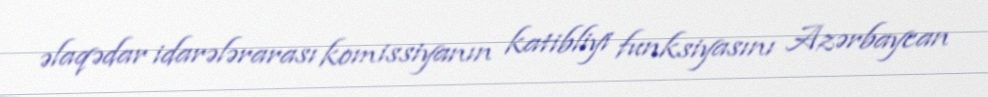
əlaqədar idarələrarası komissiyanın katibliyi funksiyasını Azərbaycan